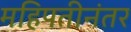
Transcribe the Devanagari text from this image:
महिपतीनंतर